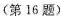
(第16题)